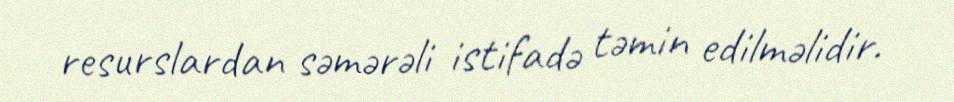
resurslardan səmərəli istifadə təmin edilməlidir.